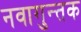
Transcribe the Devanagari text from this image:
नवागुन्तक